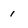
Character: 1